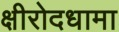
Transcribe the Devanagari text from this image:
क्षीरोदधामा